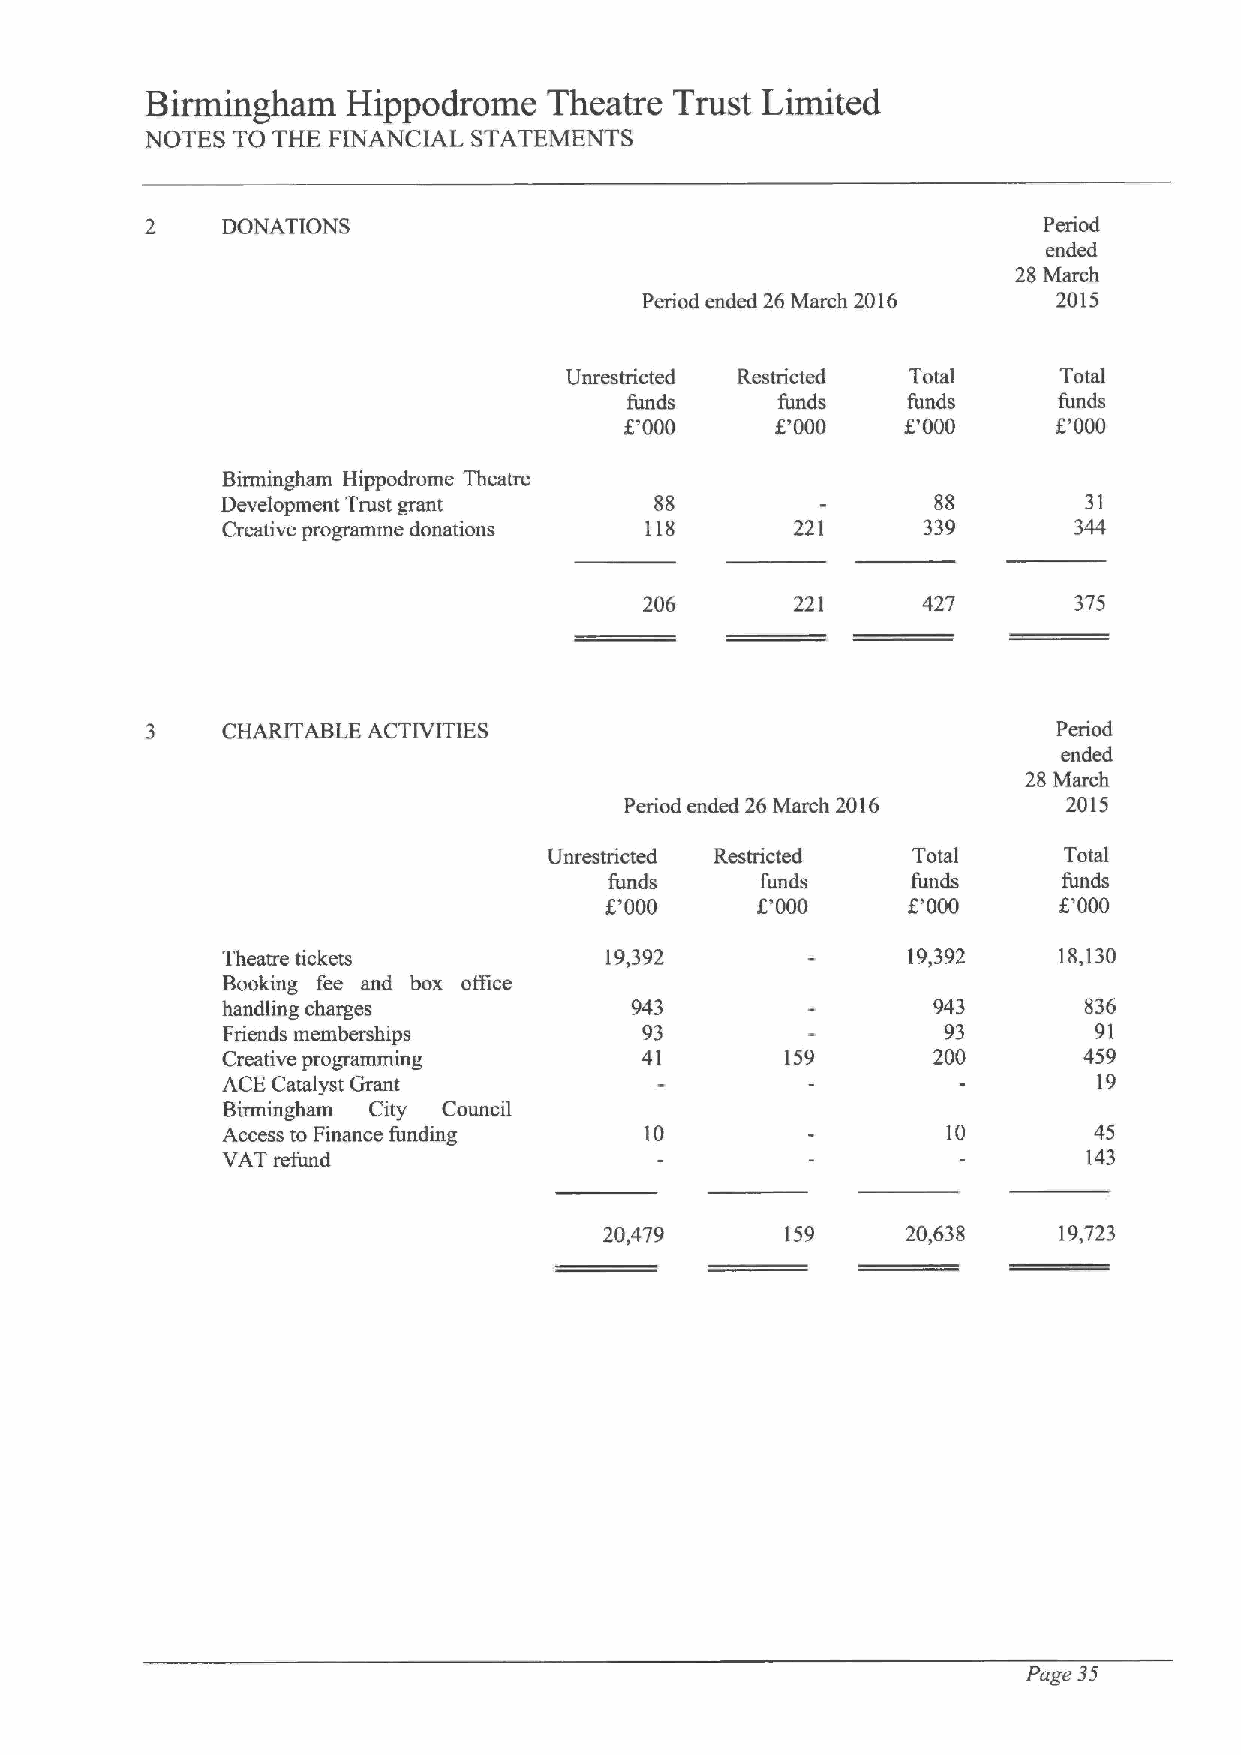
Birmingham   Hippodrome   Theatre  Trust Limited
 NOTES TO THE FINANCIAL STATEMENTS
 2    DONATIONS                                             Period
 ended
 28 March
 Period ended 26 March 2016 2015
 Unrestricted Restricted Total    Total
 funds     funds    funds     funds
 i'000     8'000    f.'000    8'000
 Birmingham Hippodrome Theatre
 Development Trust grant     88                 88        31
 Creative programme donations 118      221     339       344
 206       221     427       375
 3    CHARITABLE ACTIVITIES                                  Period
 ended
 28 March
 Period ended 26 March 2016    2015
 Unrestricted Restricted Total     Total
 funds     funds     funds     funds
 f.'000    8'000     E'000     8'000
 Theatre tickets          19,392              19,392    18,130
 Booking fee and box oflice
 handling charges           943                 943       836
 Friends memberships         93                  93       91
 Creative programming       41        159       200       459
 ACE Catalyst Grant                                        19
 Birmingham City Council
 Access to Finance funding   10                  10       45
 VAT refund                                               143
 20,479      159     20,638    19,723
 Page 35